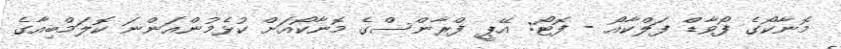
މޮނާކޯގެ ފޯވާޑް ފަލްކާއޯ - ފޮޓޯ: އޭޕީ ފްރާންސްގެ މޮނާކޯއަށް ކުޅެމުންއަންނަ ކޮލަމްބިއާގެ